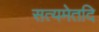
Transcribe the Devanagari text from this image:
सत्यमेतदि